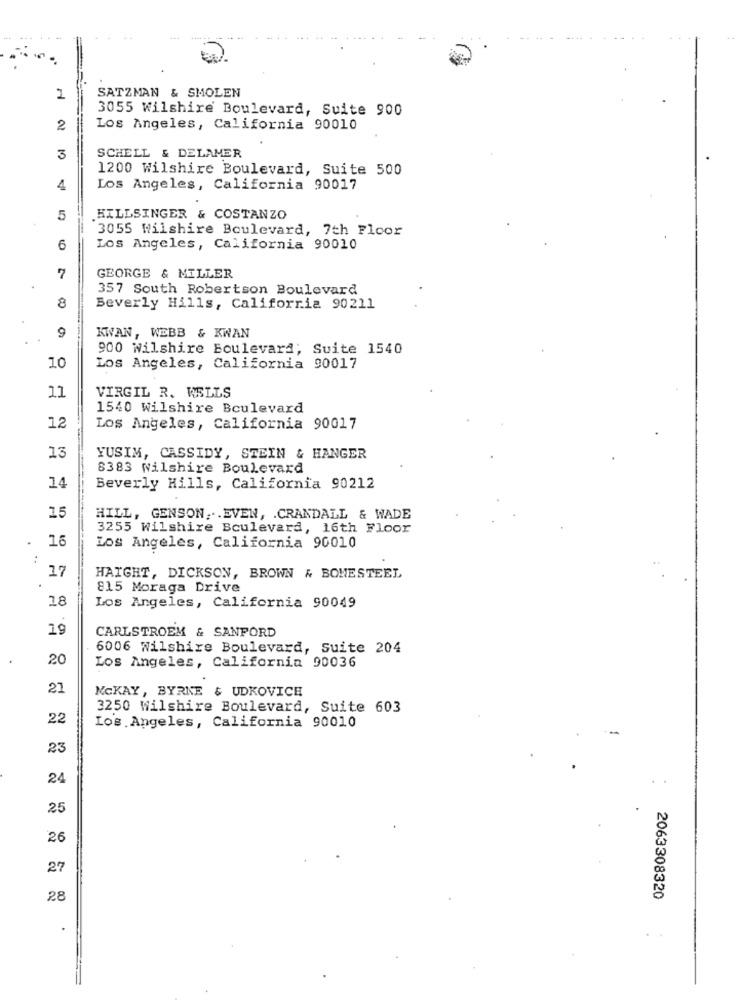
SATZMAN & SMOLEN
1
3055 Wilshire Boulevard, Suite 900
2
Los Angeles, California 90010
3
SCHELL & DELAMER
1200 Wilshire Boulevard, Suite 500
4
Los Angeles, California 90017
5
HILLSINGER & COSTANZO
3055 Wilshire Boulevard, 7th Floor
6
Los Angeles, California 90010
7
GEORGE & MILLER
357 South Robertson Boulevard
8
Beverly Hills, California 90211
9
KWAN, WEBB & KWAN
900 Wilshire Boulevard, Suite 1540
10
Los Angeles, California 90017
11
VIRGIL R. WELLS
1540 Wilshire Boulevard
12
Los Angeles, California 90017
13
YUSIM, CASSIDY, STEIN & HANGER
8383 Wilshire Boulevard
14
Beverly Hills, California 90212
15
HILL, GENSON ... EVEN, . CRANDALL & WADE
3255 Wilshire Boulevard, 16th Floor
.
16
Los Angeles, California 90010
:
17
HAIGHT, DICKSON, BROWN & BONESTEEL
815 Moraga Drive
18
Los Angeles, California 90049
19
CARLSTROEM & SANFORD
6006 Wilshire Boulevard, Suite 204
20
Los Angeles, California 90036
21
MCKAY, BYRNE & UDKOVICH
3250 Wilshire Boulevard, Suite 603
22
Los Angeles, California 90010
23
24
25
26
27
28
2063308320